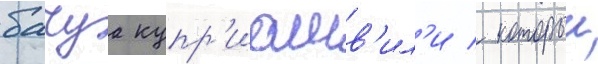
бачуа купр'иашв'ил'и / которыи